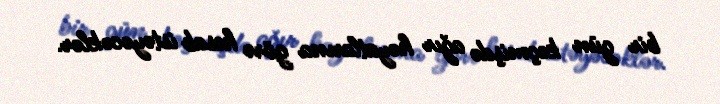
bir gün keçmişdə ağır həyatlarına görə hesab istəyəcəklər.